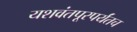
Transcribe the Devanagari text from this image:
यशवंतपूरपर्यंतच